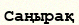
Саңырақ